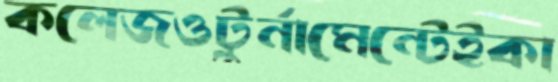
কলেজওটুর্নামেন্টেইকা